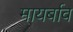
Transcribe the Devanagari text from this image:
मायर्बाव